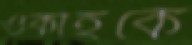
ওকাহকে